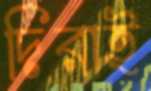
দিরাই